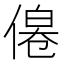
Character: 𠌔